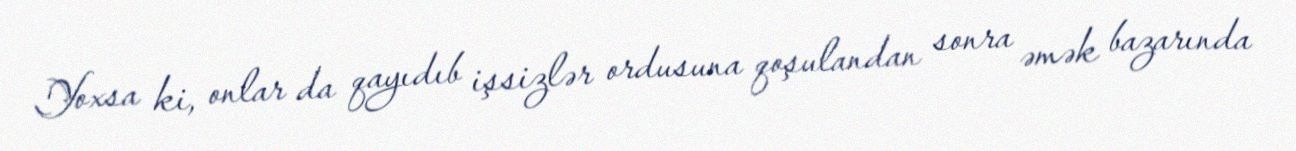
Yoxsa ki, onlar da qayıdıb işsizlər ordusuna qoşulandan sonra əmək bazarında